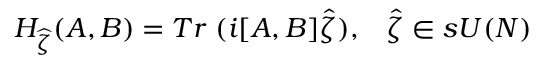
H _ { \widehat { \zeta } } ( A , B ) = T r \; ( i [ A , B ] \widehat { \zeta } ) , \; \; \; \widehat { \zeta } \in s U ( N ) \,